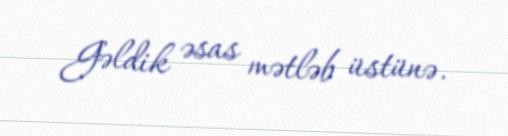
Gəldik əsas mətləb üstünə.